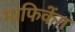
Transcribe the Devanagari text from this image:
माफिकेंग